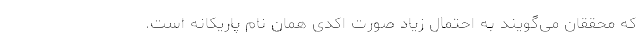
که محققان می‌گویند به احتمال زیاد صورت اکدی همان نام پاریکانَه است.